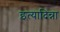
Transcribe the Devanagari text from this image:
इत्यादिन्ना